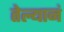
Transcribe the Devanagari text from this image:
तेल्यानं